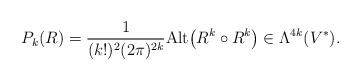
LaTeX: \begin{align*}P_k(R)=\frac{1}{(k!)^2(2\pi)^{2k}}{\rm Alt}\big(R^k\circ R^k\big)\in \Lambda^{4k}(V^*).\end{align*}